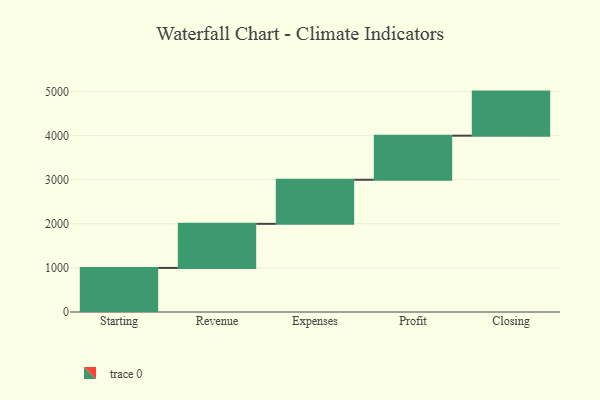
{"axis": {"x": "Step", "y": "Value"}, "legend": [""], "data": [{"x": "Starting", "y": 1000, "type": ""}, {"x": "Revenue", "y": 1000, "type": ""}, {"x": "Expenses", "y": 1000, "type": ""}, {"x": "Profit", "y": 1000, "type": ""}, {"x": "Closing", "y": 1000, "type": ""}]}